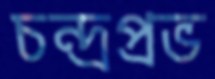
চন্দ্রপ্রভ